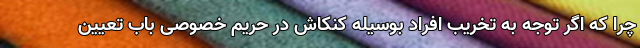
چرا که اگر توجه به تخریب افراد بوسیله کنکاش در حریم خصوصی باب تعیین